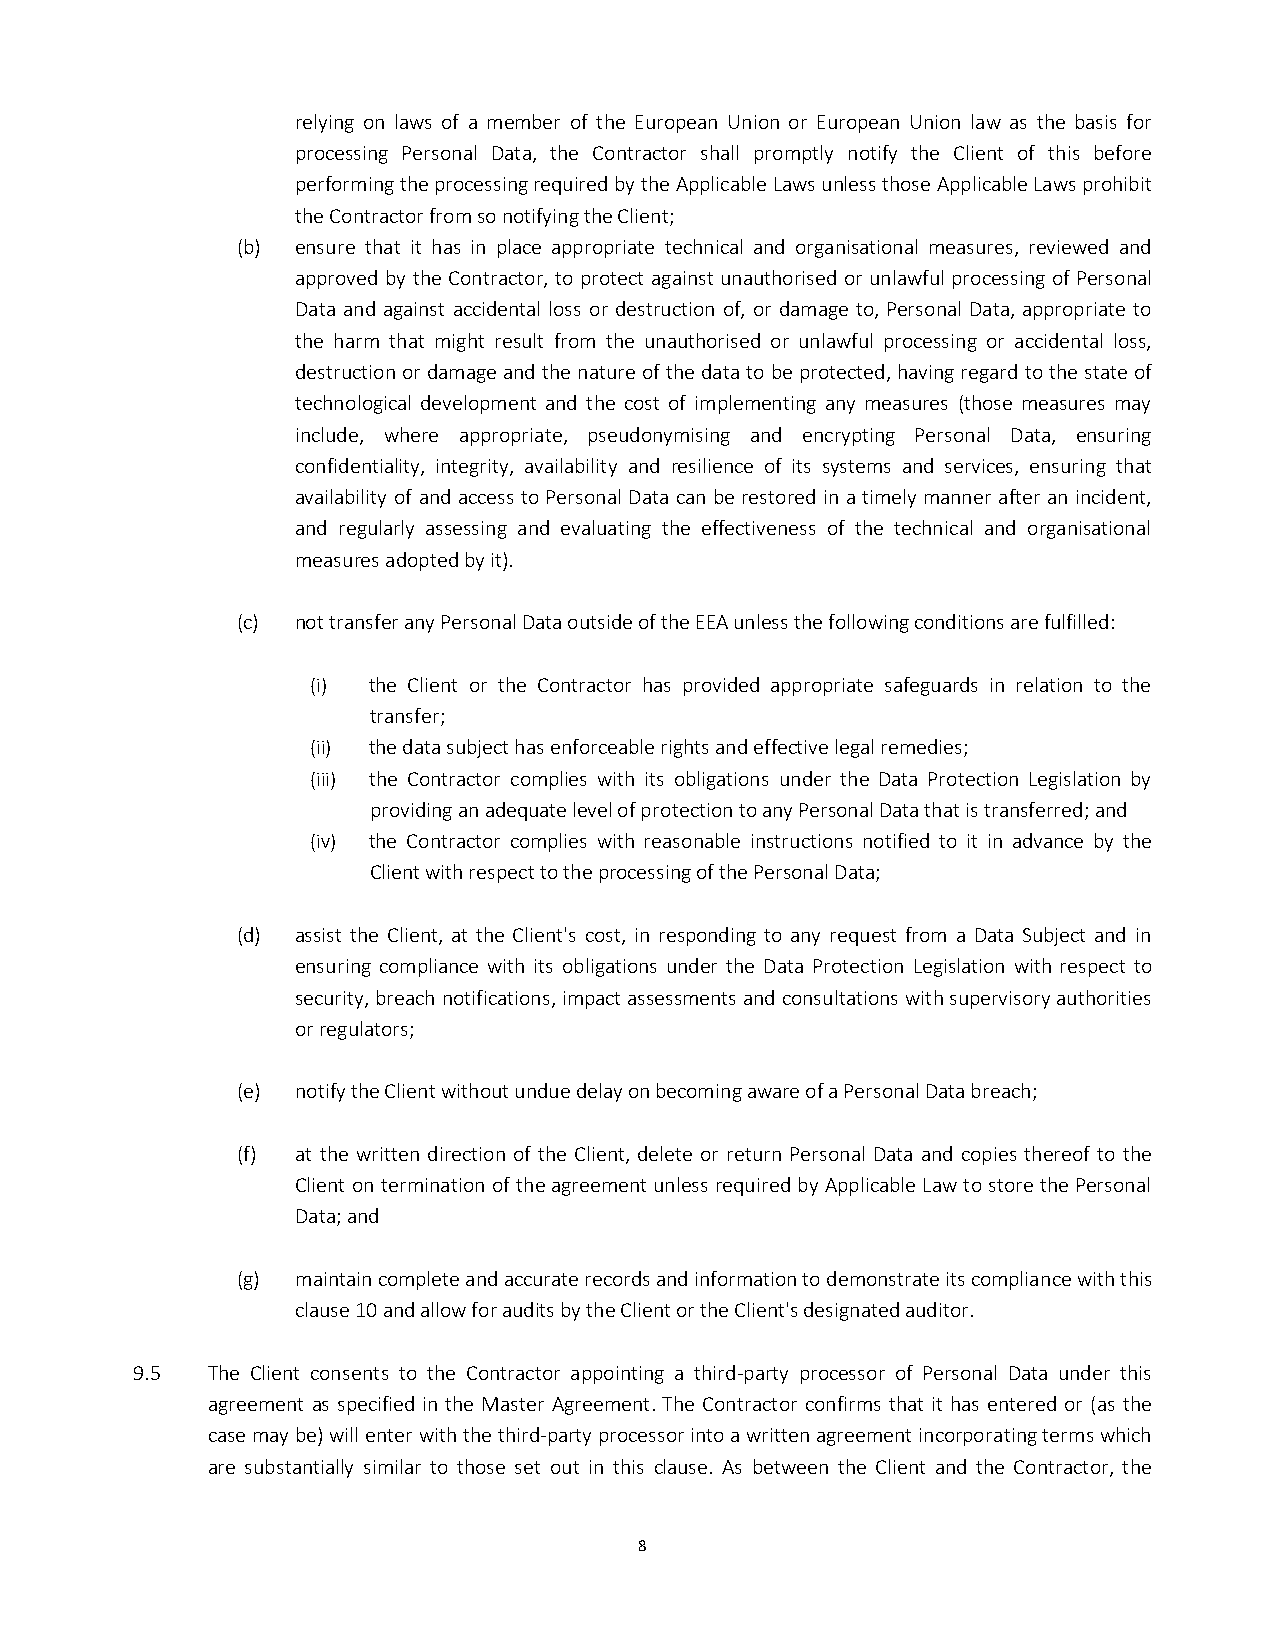
relying on laws of a member of the European Union or European Union law as the basis for
 processing Personal Data, the Contractor shall promptly notify the Client of this before
 performing the processing required by the Applicable Laws unless those Applicable Laws prohibit
 the Contractor from so notifying the Client;
 (b) ensure that it has in place appropriate technical and organisational measures, reviewed and
 approved by the Contractor, to protect against unauthorised or unlawful processing of Personal
 Data and against accidental loss or destruction of, or damage to, Personal Data, appropriate to
 the harm that might result from the unauthorised or unlawful processing or accidental loss,
 destruction or damage and the nature of the data to be protected, having regard to the state of
 technological development and the cost of implementing any measures (those measures may
 include, where appropriate, pseudonymising and encrypting Personal Data, ensuring
 confidentiality, integrity, availability and resilience of its systems and services, ensuring that
 availability of and access to Personal Data can be restored in a timely manner after an incident,
 and regularly assessing and evaluating the effectiveness of the technical and organisational
 measures adopted by it).
 (c) not transfer any Personal Data outside of the EEA unless the following conditions are fulfilled:
 (i) the Client or the Contractor has provided appropriate safeguards in relation to the
 transfer;
 (ii) the data subject has enforceable rights and effective legal remedies;
 (iii) the Contractor complies with its obligations under the Data Protection Legislation by
 providing an adequate level of protection to any Personal Data that is transferred; and
 (iv) the Contractor complies with reasonable instructions notified to it in advance by the
 Client with respect to the processing of the Personal Data;
 (d) assist the Client, at the Client's cost, in responding to any request from a Data Subject and in
 ensuring compliance with its obligations under the Data Protection Legislation with respect to
 security, breach notifications, impact assessments and consultations with supervisory authorities
 or regulators;
 (e) notify the Client without undue delay on becoming aware of a Personal Data breach;
 (f) at the written direction of the Client, delete or return Personal Data and copies thereof to the
 Client on termination of the agreement unless required by Applicable Law to store the Personal
 Data; and
 (g) maintain complete and accurate records and information to demonstrate its compliance with this
 clause 10 and allow for audits by the Client or the Client's designated auditor.
 9.5  The Client consents to the Contractor appointing a third-party processor of Personal Data under this
 agreement as specified in the Master Agreement. The Contractor confirms that it has entered or (as the
 case may be) will enter with the third-party processor into a written agreement incorporating terms which
 are substantially similar to those set out in this clause. As between the Client and the Contractor, the
 8